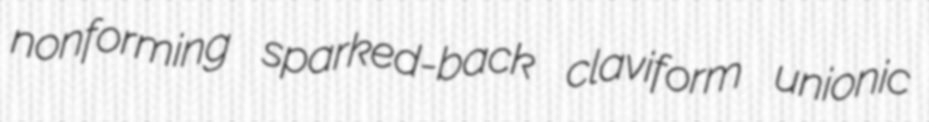
nonforming sparked-back claviform unionic